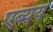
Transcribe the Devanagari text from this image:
एब्यय